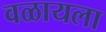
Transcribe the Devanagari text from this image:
वळायला